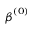
{ \boldsymbol { \beta } } ^ { ( 0 ) }